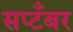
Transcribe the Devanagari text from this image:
सप्टँबर